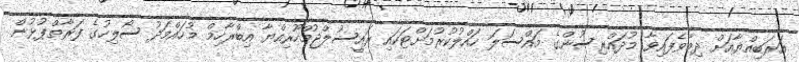
އަރަބިއްޔާއަށް ދިމާވެފައިވާ މުދައްރިސުންގެ މައްސަލަ ހައްލުކުރުމަށްޓަކައި ރައީސުލްޖުމްހޫރިއްޔާ އިބްރާހިމް މުހައްމަދު ސޯލިހުގެ ފަރާތްޕުޅުން